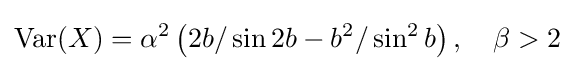
\operatorname {Var} (X)=\alpha ^{2}\left(2b/\sin 2b-b^{2}/\sin ^{2}b\right),\quad \beta >2